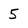
Character: 5